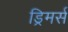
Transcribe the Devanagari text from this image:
ड्रिमर्स